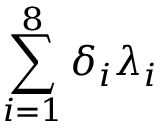
\sum _ { i = 1 } ^ { 8 } \delta _ { i } \lambda _ { i }